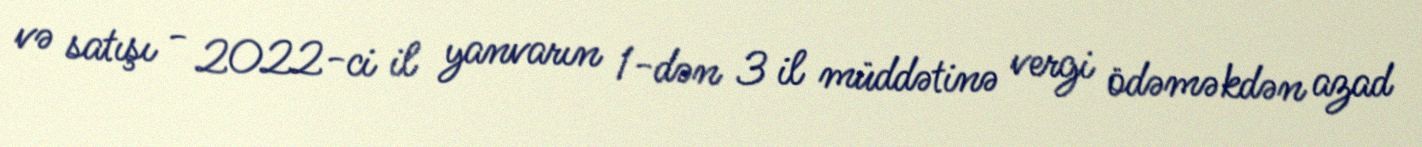
və satışı - 2022-ci il yanvarın 1-dən 3 il müddətinə vergi ödəməkdən azad